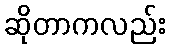
ဆိုတာကလည်း